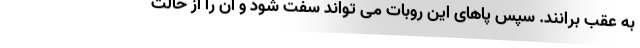
به عقب برانند. سپس پاهای این روبات می تواند سفت شود و آن را از حالت